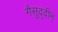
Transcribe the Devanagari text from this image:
गैसुद्दीन